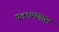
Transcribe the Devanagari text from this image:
पदभ्रमणास